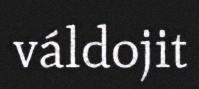
váldojit